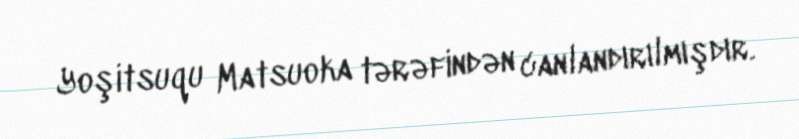
Yoşitsuqu Matsuoka tərəfindən canlandırılmışdır.